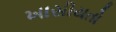
ખાસીયતો